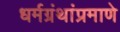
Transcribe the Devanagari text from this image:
धर्मग्रंथांप्रमाणे